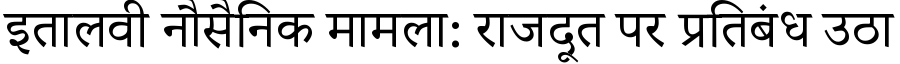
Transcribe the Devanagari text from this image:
इतालवी नौसैनिक मामला: राजदूत पर प्रतिबंध उठा